Laidoner,_Johan, lk 75
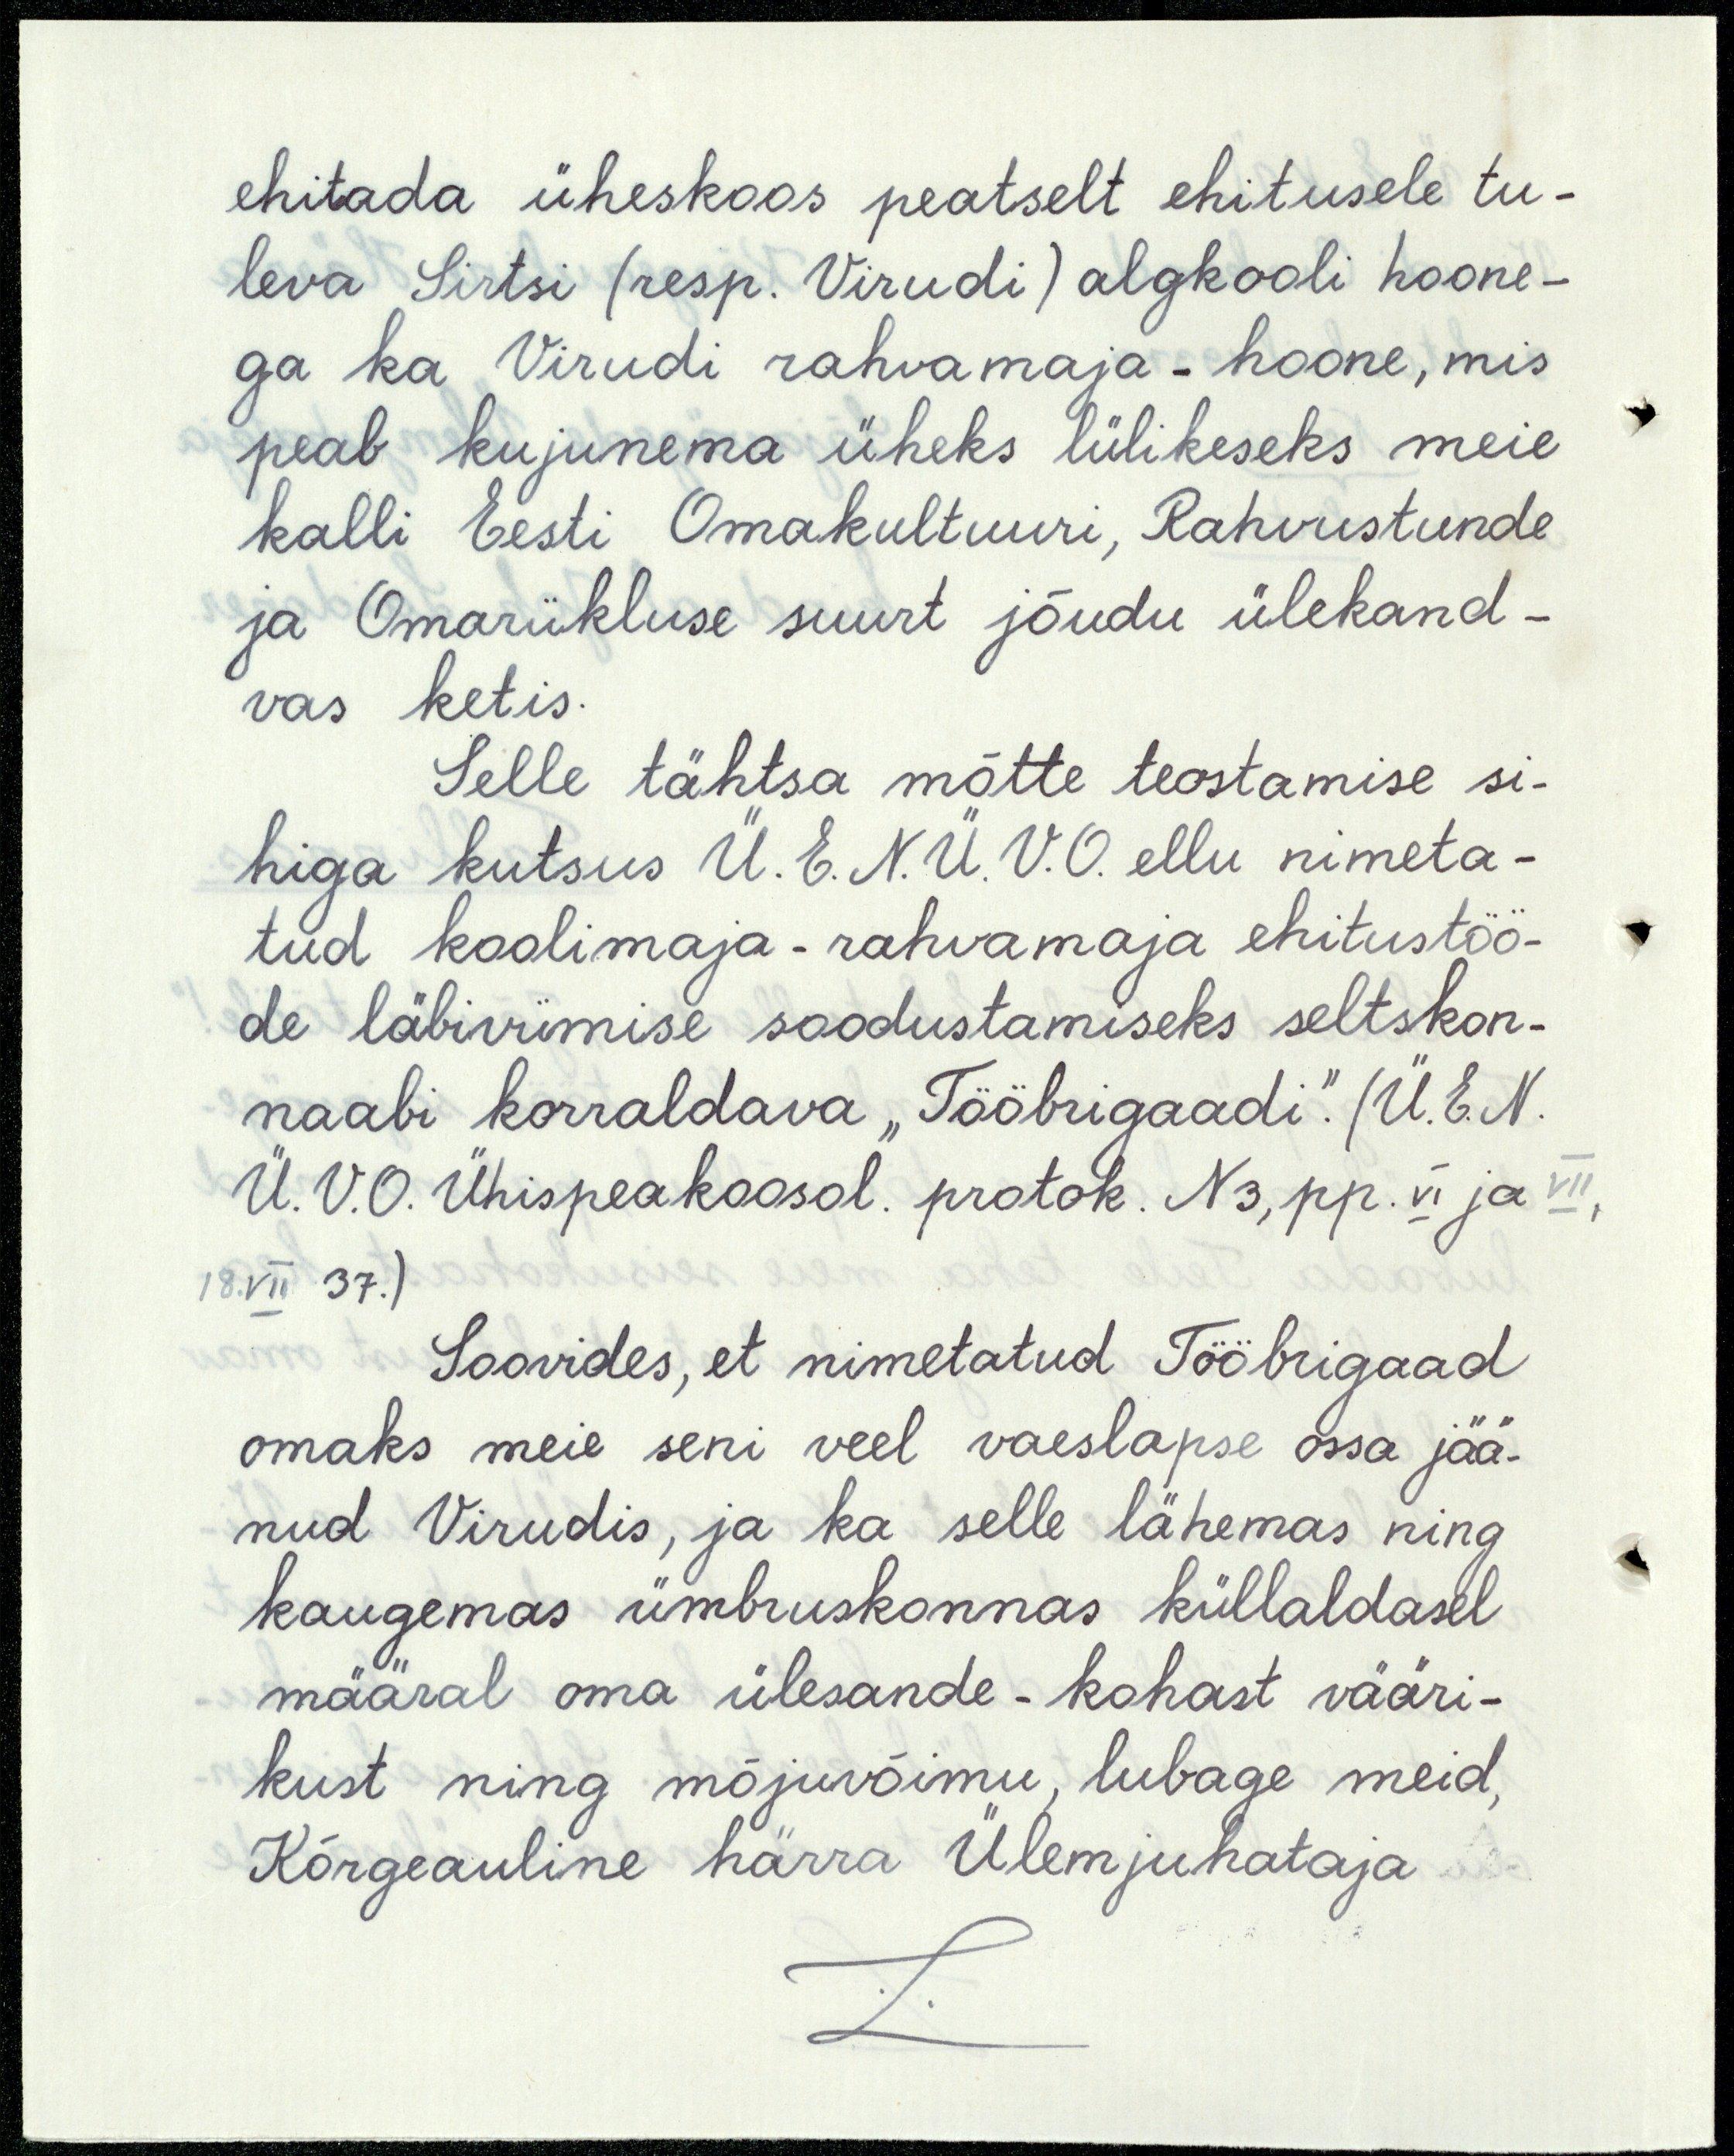
ehitada üheskoos peatselt ehitusele tu-
leva Sirtsi (resp. Virudi) algkooli hoone-
ga ka Virudi rahvamaja - hoone, mis
peab kujunema üheks lülikeseks meie
kalli Eesti Omakultuuri, Rahvustunde
ja Omariikluse suurt jõudu ülekand-
vas ketis.
Selle tähtsa mõtte teostamise si-
higa kutsus Ü.E.N.Ü.V.O. ellu nimeta-
tud koolimaja-rahvamaja ehitustöö-
de läbiviimise soodustamiseks seltskon-
naabi korraldava "Tööbrigaadi" (Ü.E.N.
Ü.V.O. Ühispeakoosol. protok. N3, pp. VI ja VII,
VII 37.)
Soovides, et nimetatud Tööbrigaad
omaks meie seni veel vaeslapse ossa jää-
nud Virudis, ja ka selle lähemas ning
kaugemas ümbruskonnas küllaldasel
määral oma ülesande-kohast vääri-
kust ning mõjuvõimu, lubage meid,
Kõrgeauline härra Ülemjuhataja